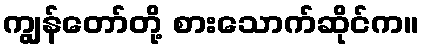
ကျွန်တော်တို့ စားသောက်ဆိုင်က။